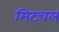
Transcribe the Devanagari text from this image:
मिट्चल